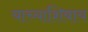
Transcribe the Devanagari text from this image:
याच्याशिवाय